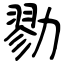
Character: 勠